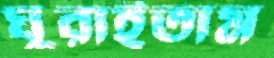
ঘুরাইতাম